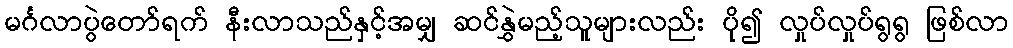
မင်္ဂလာပွဲတော်ရက် နီးလာသည်နှင့်အမျှ ဆင်နွှဲမည့်သူများလည်း ပို၍ လှုပ်လှုပ်ရွရွ ဖြစ်လာ